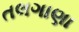
તલગાણા